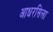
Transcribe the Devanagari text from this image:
आधरसिला